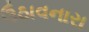
ઉઠાવનારા